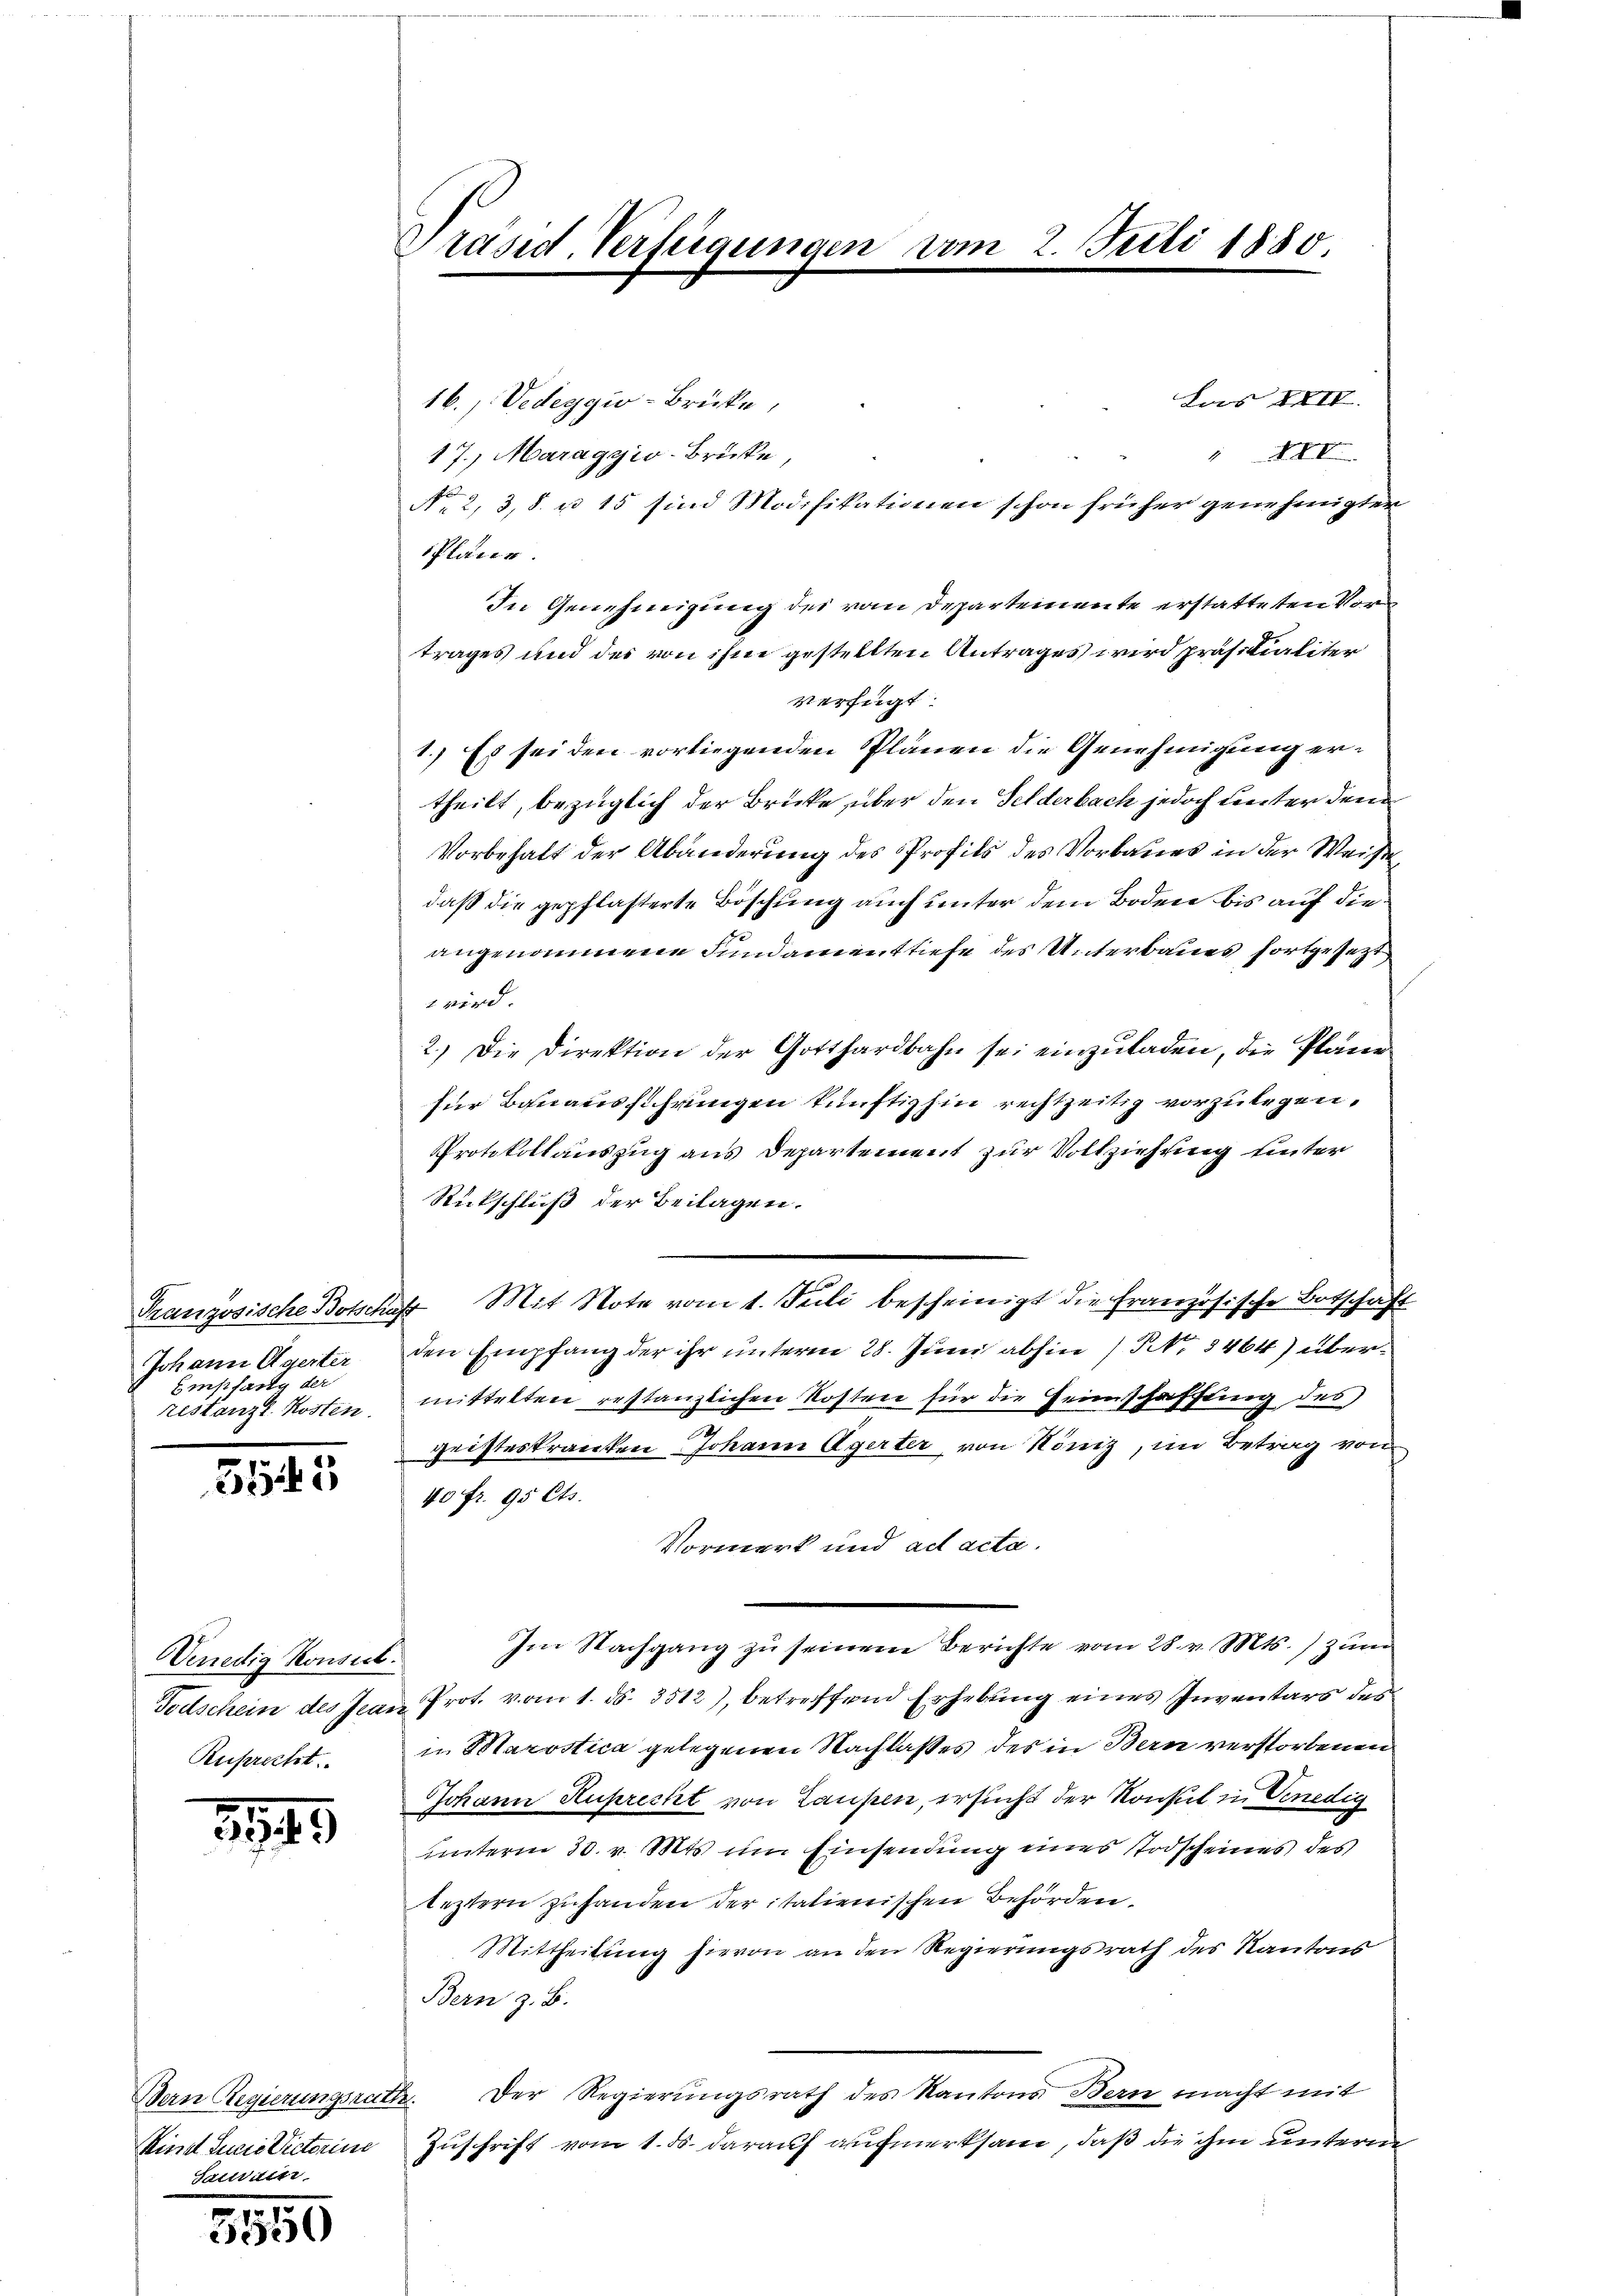
Johann Agerter
Einpfang der

5545

Venedig Konsil.
Zuprecht.

5945

Bern Regierungsrath
Kine Linie Victorin
Sativittr

3550

Las XXII.
16.) Vedeggio-Brücke,
XXI
17. Maraggio-Brüste,
No 2, 3, 8. u 15 sind Modifikationen schon früher genehmigten
Plater.
In Genehmigung des vom Departemente erstatteten Vors
trages und des von ihm gestellten Antrages wird präsidialiter
verfügt:
1.) Es sei den vorliegenden Plänen die Genehmigung ertheilt, bezüglich der Brücke über den Felderbach jedoch unter dem
Vorbehalt der Abänderung des Profils des Vorbaues in der Weise
daß die gepflasterte Böschung auch unter dem Boden bis auf dieangenommene Fundament tiefe des Unterbaues fortgesetzt
wird.
2.) Die Direktion der Gotthardbahn sei einzuladen, die Pläne
für Bauausschrungen künftighin rechtzeitig vorzulegen.
Protokollauszug aus Departement zur Vollziehung unter
Rückschluß der Beilagen.
Französische Botschaft Mit Note vom 1. Juli bescheinigt die französische Botschaft
den Empfang der ihr unterm 28. Juni abhin / NNo. 3464) überrestanzt Kosten, mittelten erstanzlichen Kosten für die Heimschaffung des
F
geisteskranken Johann Agerter von König, im Betrag von
40 fr. 95 Cts.
Vormerk und ad acta.
Im Nachgang zu seinem Berichte vom 28. v. Mts. zum
Todtschein des Jean Prot. vom 1. ds. 3512), betreffend Erhebung eines Inventars des
in Marostica gelegenen Nachlaßes des in Bern verstorbenen
Johann Ruprecht von Laupen, ersucht der Konsul in Venedig
unterm 30. v. Mts. um Einsendung eines Todscheines des
leztern zuhanden der italienischen Behörden.
Mittheilung hievon an den Regierungsrath des Kantons
Bern z. B.
Der Regierungsrath des Kantons Bern macht mit
Zuschrift vom 1. ds. darauf aufmerksam, daß die ihm unterne

Präsid. Verfügungen

vom 2. Juli 1880